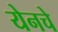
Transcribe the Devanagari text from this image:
येनचे